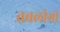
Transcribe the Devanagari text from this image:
तबलीगी